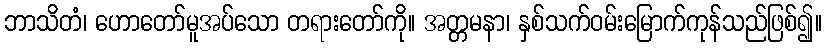
ဘာသိတံ၊ ဟောတော်မူအပ်သော တရားတော်ကို။ အတ္တမနာ၊ နှစ်သက်ဝမ်းမြောက်ကုန်သည်ဖြစ်၍။